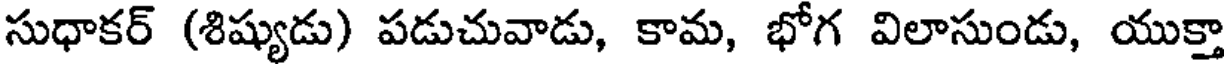
సుధాకర్ (శిష్యుడు) పడుచువాడు, కామ, భోగ విలాసుండు, యుక్తా